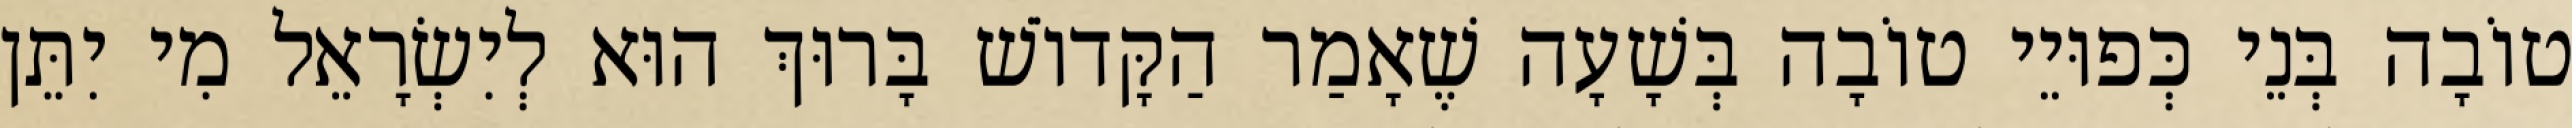
טוֹבָה בְּנֵי כְּפוּיֵי טוֹבָה בְּשָׁעָה שֶׁאָמַר הַקָּדוֹשׁ בָּרוּךְ הוּא לְיִשְׂרָאֵל מִי יִתֵּן